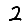
Digit: 2